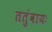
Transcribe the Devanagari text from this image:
ततुंवायः